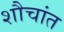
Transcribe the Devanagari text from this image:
शौचांत